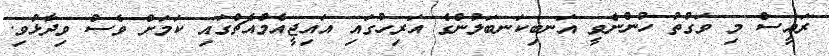
ރައީސް މި ވަގުތު ހުންނެވީ އަނބިކަނބަލުންގެ އަރިހުގައި އައިޖީއެމްއެޗްގައި ކަމަށް ވެސް ވިދާޅުވި.